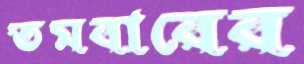
তমবারের